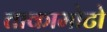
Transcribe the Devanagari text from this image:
ताकामोटो